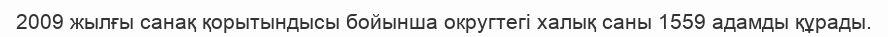
2009 жылғы санақ қорытындысы бойынша округтегі халық саны 1559 адамды құрады.